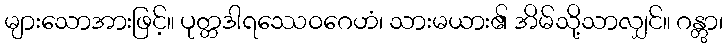
များသောအားဖြင့်။ ပုတ္တဒါရဿေဝဂေဟံ၊ သားမယား၏ အိမ်သို့သာလျှင်။ ဂန္တွာ၊